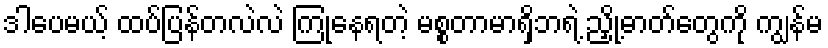
ဒါပေမယ့် ထပ်ပြန်တလဲလဲ ကြုံနေရတဲ့ မစ္စတာမာရှိဘရဲ့ ညှို့ဓာတ်တွေကို ကျွန်မ